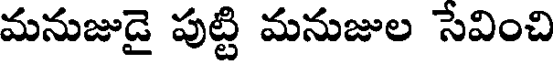
మనుజుడై పుట్టి మనుజుల సేవించి